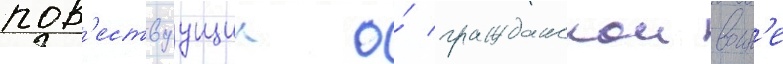
пов'ествуущии о́ гражданскои воин'е